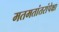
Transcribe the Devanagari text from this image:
मतमतांतरांपेक्षा